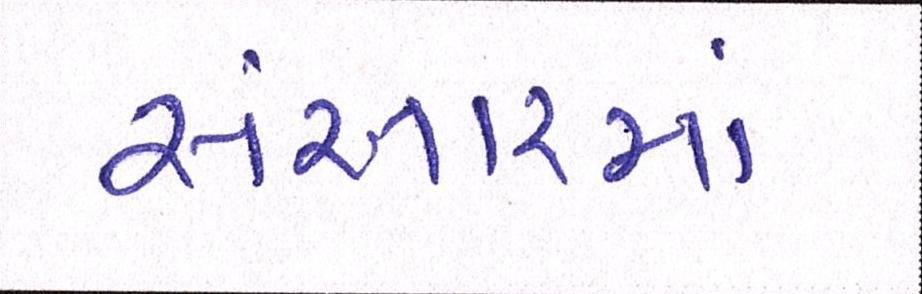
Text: સંસારમાં